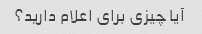
آیا چیزی برای اعلام دارید؟